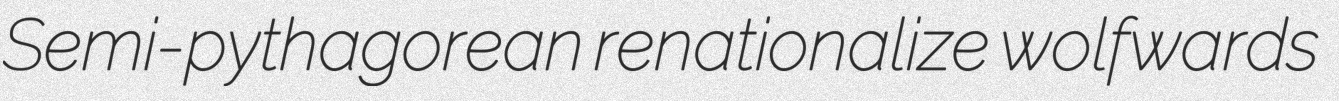
Semi-pythagorean renationalize wolfwards